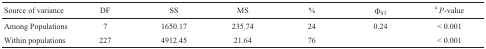
<table><thead><tr><td><b>Source of variance</b></td><td><b>DF</b></td><td><b>SS</b></td><td><b>MS</b></td><td><b>%</b></td><td><b>Φ<sub>ST</sub></b></td><td><b><sup>a</sup><i>P</i>-value</b></td></tr></thead><tbody><tr><td>Among Populations</td><td>7</td><td>1650.17</td><td>235.74</td><td>24</td><td>0.24</td><td>&lt; 0.001</td></tr><tr><td>Within populations</td><td>227</td><td>4912.45</td><td>21.64</td><td>76</td><td></td><td>&lt; 0.001</td></tr></tbody></table>